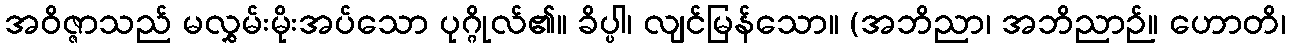
အဝိဇ္ဇာသည် မလွှမ်းမိုးအပ်သော ပုဂ္ဂိုလ်၏။ ခိပ္ပါ၊ လျင်မြန်သော။ (အဘိညာ၊ အဘိညာဉ်။ ဟောတိ၊